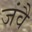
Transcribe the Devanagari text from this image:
जंवै